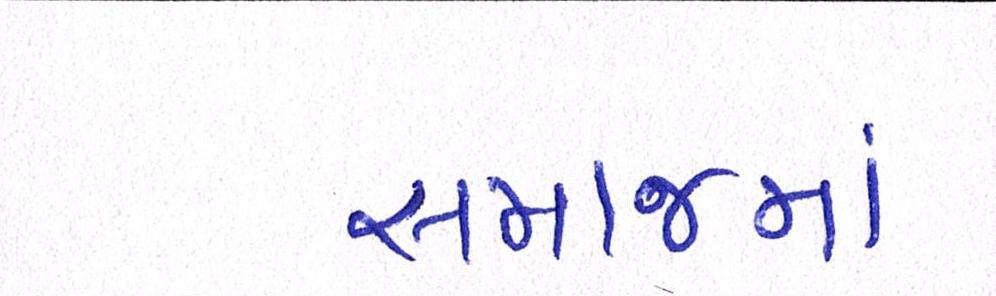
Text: સમાજમાં